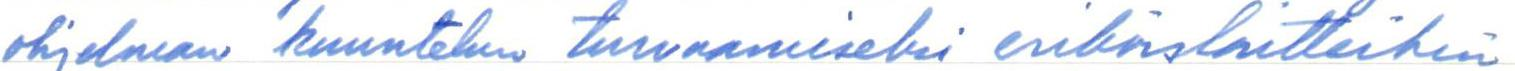
ohjelman kuuntelun turvaamiseksi erikoislaitteihin